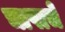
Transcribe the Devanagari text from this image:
चापाचे